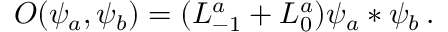
O ( \psi _ { a } , \psi _ { b } ) = ( L _ { - 1 } ^ { a } + L _ { 0 } ^ { a } ) \psi _ { a } * \psi _ { b } \, .